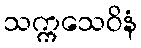
သက္ကသေဝိနံ